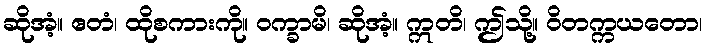
ဆိုအံ့။ ဧတံ၊ ထိုစကားကို။ ဝက္ခာမိ၊ ဆိုအံ့။ ဣတိ၊ ဤသို့။ ဝိတက္ကယတော၊